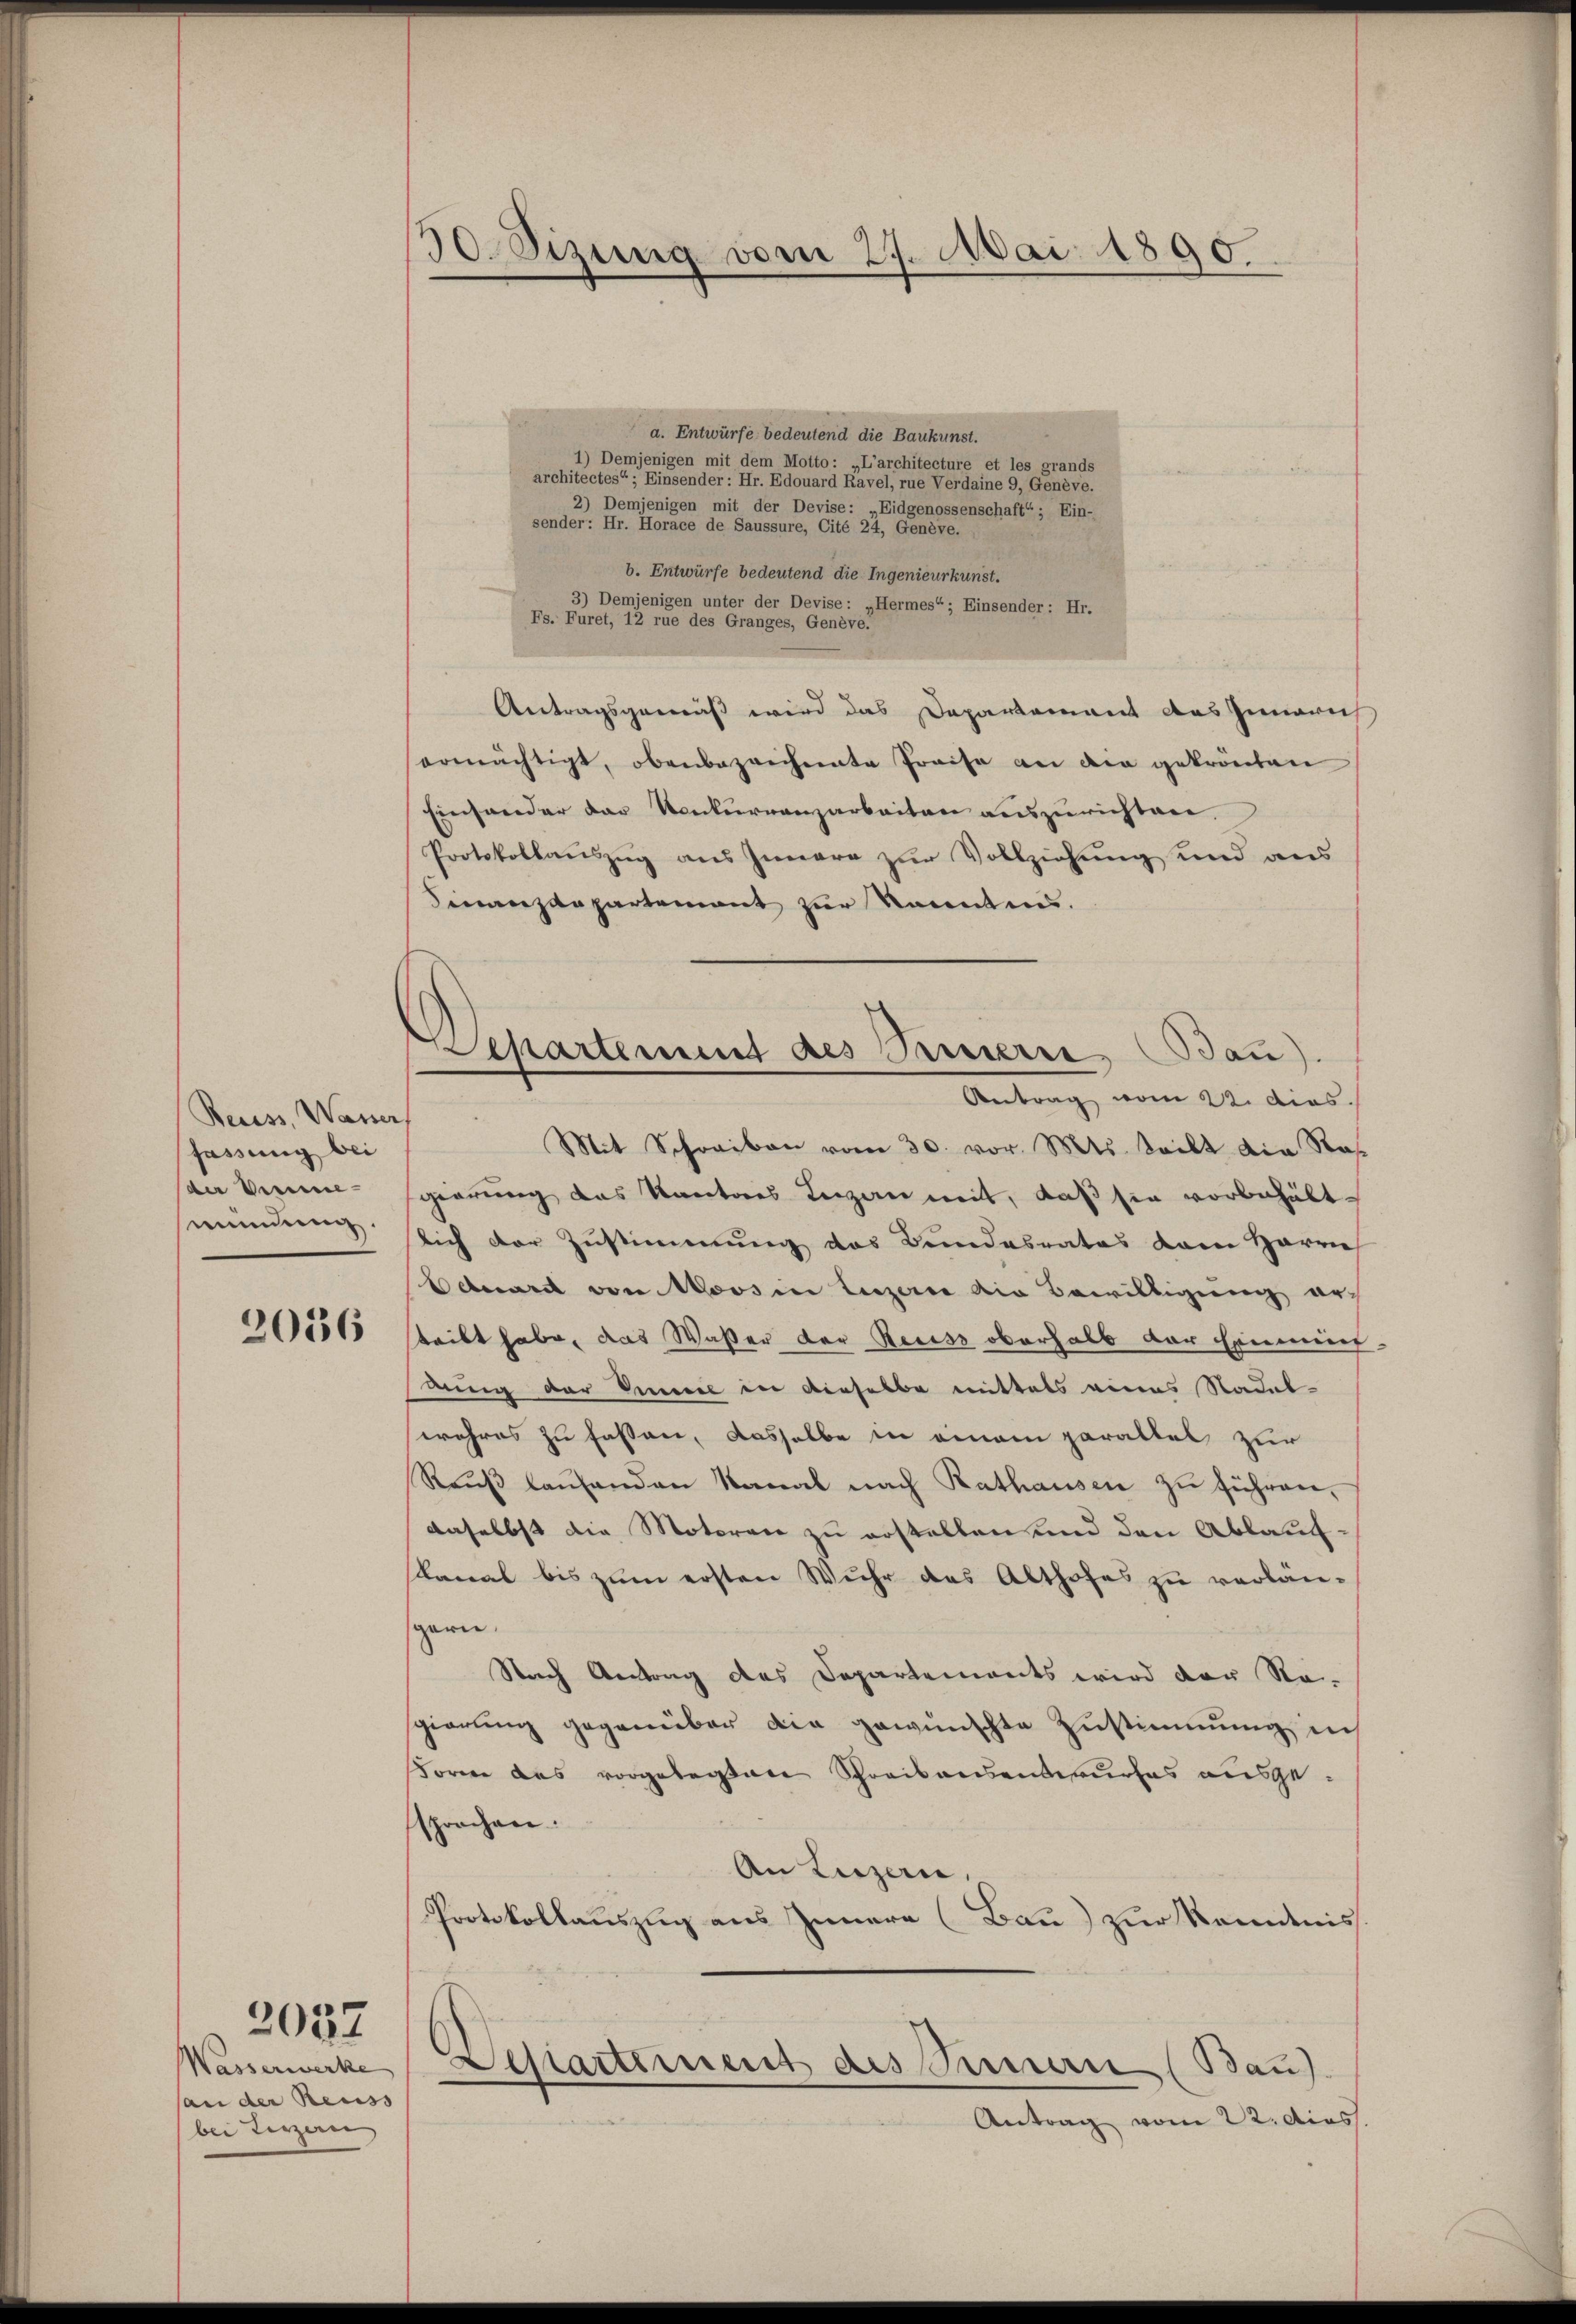
Reuss, Waner
fassung bei
der Vereine
mündung.

2036

(an der Reuss
bei Terzern

2037

30. Sizung vom 27. Mai 1890.

Departement des Pauserre (Bau).

a. Entwürfe bedeutend die Baukunst.
1) Demjenigen mit dem Motto: „L’architecture et les grands
architectes“; Einsender: Hr. Edouard Ravel, rue Verdaine 9, Genève.
2) Demjenigen mit der Devise: „Eidgenossenschaft“ ; Ein-
sender: Hr. Horace de Saussure, Cité 24, Genève.
b. Entwürfe bedeutend die Ingenieurkunst.
3) Demjenigen unter der Devise: „Hermes“; Einsender: Hr.
Fs. Füret, 12 rue des Granges, Genève.
Antragsgemäß wird das Departement das Innerich
ermächtigt, obenbezeichnete Preise an die gekrönten
Einsonder der Konkurrenzarbeiten auszurichtane
Protokollauszug aus Innere zur Vollziehung und aus
Finanzdepartement zur Sonntens.
Antrag vom 22. dies
Mit Schreiben vom 30. vor. Mts. teilt die Ros
gierung das Kantons Lenzen mit, daß sie vorbehältlich der Zustimmung des Bundesrates dem Harre
Eduard von Moos in Luzerne die Bewilligung erteilt habe, das Wasser der Reuss oberhalb der Erinnen
dung der Veneral in dieselbe mittels eines Stadelwahres zu fassen, dasselbe in einem parattel zur
Raŭβ laŭfenden Kanal nach Rathausen zu führen,
daselbst die Motoren zu erstellen und den Ablaufskanal bis zum ersten Wuhr des Althofes zu verlängarn.
Stach Antrag des Departements wird der Re-
gierung gegenüber die gewünschte Zustimmung in
Forne des vorgelegten Schreibensentwurfes ausgesprochen.
An Luzern,
Protokollauszug aus Innern (Bau) zur Kenntnis
Wasserwerke Departement des Sennern (Bau).
Antrag vom 22. dies.